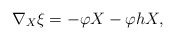
\begin{align*} \nabla_ X \xi = -\varphi X - \varphi hX,\end{align*}